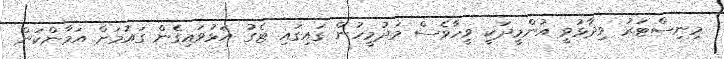
މިނިސްޓަރު ވިދާޅުވީ އުންމީދަކީ ވީހާވެސް މަދުމީހުން ގައިގައި ޓެގު އަޅުވައިގެން ގައުމަށް އަމާންކަން